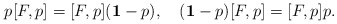
\begin{align*}p[F, p] = [F, p]({\bf 1}-p), \quad ({\bf 1}-p)[F, p] = [F, p]p.\end{align*}